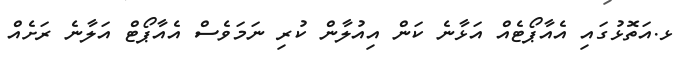
ޅ.އަތޮޅުގައި އެއާޕޯޓެއް އަޅާނެ ކަން އިއުލާން ކުރި ނަމަވެސް އެއާޕޯޓް އަލާނެ ރަށެއް